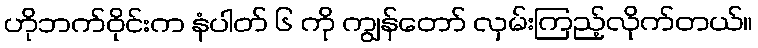
ဟိုဘက်ဝိုင်းက နံပါတ် ၆ ကို ကျွန်တော် လှမ်းကြည့်လိုက်တယ်။